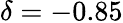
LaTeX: \delta=-0.85